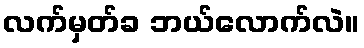
လက်မှတ်ခ ဘယ်လောက်လဲ။